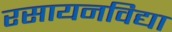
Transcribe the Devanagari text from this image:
रसायनविद्या